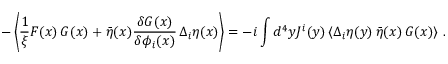
- \left\langle \frac { 1 } { \xi } F ( x ) \, G ( x ) + \bar { \eta } ( x ) \frac { \delta G ( x ) } { \delta \phi _ { i } ( x ) } \, \Delta _ { i } \eta ( x ) \right\rangle = - i \int d ^ { 4 } y J ^ { i } ( y ) \left\langle \Delta _ { i } \eta ( y ) \, \bar { \eta } ( x ) \, G ( x ) \right\rangle \, .